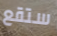
ستقع